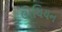
લોથિયન